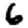
Digit: 6